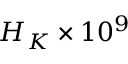
H _ { K } \times 1 0 ^ { 9 }